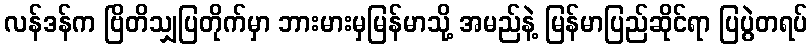
လန်ဒန်က ဗြိတိသျှပြတိုက်မှာ ဘားမားမှမြန်မာသို့ အမည်နဲ့ မြန်မာပြည်ဆိုင်ရာ ပြပွဲတရပ်